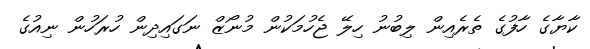
ކާޔާގެ ހާފުގެ ތެރެއިން ލިބުނު ހިލޭ ޖެހުމަކުން މުނޯޒް ނަގައިދިން ހުރަހުން ނިއުގެ